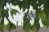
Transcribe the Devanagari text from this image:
जुकी